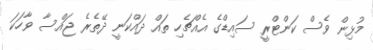
މުޅިން ވެސް ކަންޓްރީ ސައިޑްގެ އެއްޗެހި ތައް ދައްކަނީ ދޭތެރެ ޖައްސާ ވާހަކަ